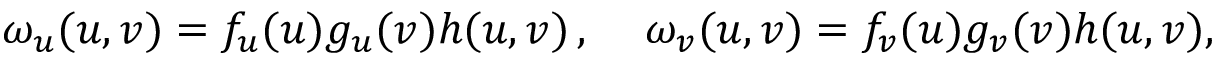
\omega _ { u } ( u , v ) = f _ { u } ( u ) g _ { u } ( v ) h ( u , v ) \, , \quad \, \omega _ { v } ( u , v ) = f _ { v } ( u ) g _ { v } ( v ) h ( u , v ) ,